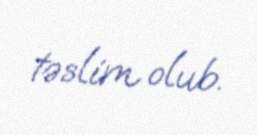
təslim olub.